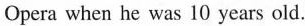
Opera when he was 10 years old.